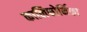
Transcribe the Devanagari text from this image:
कालिफोर्निका